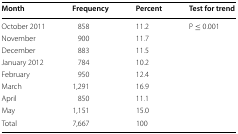
<table><thead><tr><td><b>Month</b></td><td><b>Frequency</b></td><td><b>Percent</b></td><td><b>Test for trend</b></td></tr></thead><tbody><tr><td>October 2011</td><td>858</td><td>11.2</td><td>P ≤ 0.001</td></tr><tr><td>November</td><td>900</td><td>11.7</td><td></td></tr><tr><td>December</td><td>883</td><td>11.5</td><td></td></tr><tr><td>January 2012</td><td>784</td><td>10.2</td><td></td></tr><tr><td>February</td><td>950</td><td>12.4</td><td></td></tr><tr><td>March</td><td>1,291</td><td>16.9</td><td></td></tr><tr><td>April</td><td>850</td><td>11.1</td><td></td></tr><tr><td>May</td><td>1,151</td><td>15.0</td><td></td></tr><tr><td>Total</td><td>7,667</td><td>100</td><td></td></tr></tbody></table>